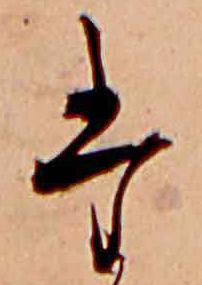
た